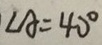
\angle A = 4 0 ^ { \circ }